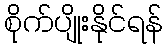
စိုက်ပျိုးနိုင်ရန်